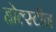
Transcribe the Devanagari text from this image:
होल्स्टीन